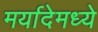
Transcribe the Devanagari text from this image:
मर्यादेमध्ये